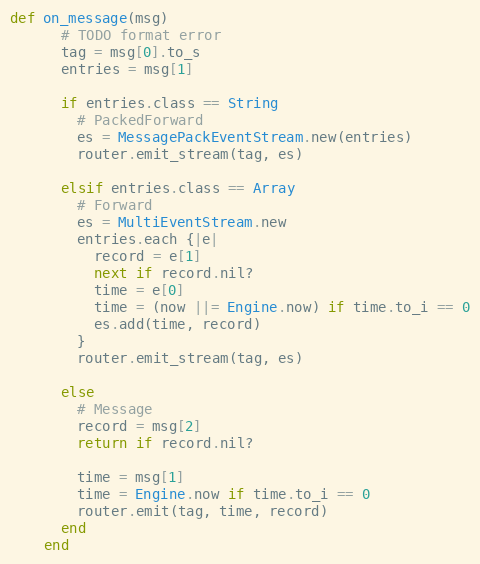
Language: Ruby
def on_message(msg)
      # TODO format error
      tag = msg[0].to_s
      entries = msg[1]

      if entries.class == String
        # PackedForward
        es = MessagePackEventStream.new(entries)
        router.emit_stream(tag, es)

      elsif entries.class == Array
        # Forward
        es = MultiEventStream.new
        entries.each {|e|
          record = e[1]
          next if record.nil?
          time = e[0]
          time = (now ||= Engine.now) if time.to_i == 0
          es.add(time, record)
        }
        router.emit_stream(tag, es)

      else
        # Message
        record = msg[2]
        return if record.nil?

        time = msg[1]
        time = Engine.now if time.to_i == 0
        router.emit(tag, time, record)
      end
    end